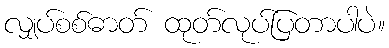
လျှပ်စစ်ဓာတ် ထုတ်လုပ်ပြတာပါပဲ။